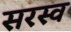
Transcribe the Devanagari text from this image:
सरस्व